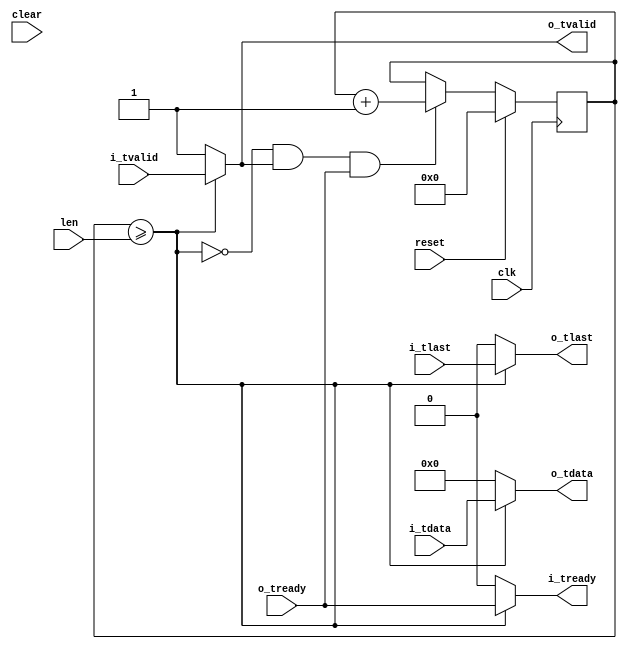
//
// Copyright 2014 Ettus Research LLC
// Copyright 2018 Ettus Research, a National Instruments Company
//
// SPDX-License-Identifier: LGPL-3.0-or-later
//
// This delay doesn't use a fifo, and solves pipeline bubble issues.  
// FIXME -- issues are that it will generate output without input, and you can't reduce delay, only increase

module delay_type2
  #(parameter MAX_LEN_LOG2=10,
    parameter WIDTH=16,
    parameter DELAY_VAL=0)
   (input clk, input reset, input clear,
    input [MAX_LEN_LOG2-1:0] len,
    input [WIDTH-1:0] i_tdata, input i_tlast, input i_tvalid, output i_tready,
    output [WIDTH-1:0] o_tdata, output o_tlast, output o_tvalid, input o_tready);

   reg [MAX_LEN_LOG2-1:0] delay_count;

   wire 		  delay_done = delay_count >= len;
   
   always @(posedge clk)
     if(reset)
       delay_count <= 0;
     else
       if(~delay_done & o_tvalid & o_tready)
	 delay_count <= delay_count + 1;

   assign o_tdata = delay_done ? i_tdata : DELAY_VAL;
   assign o_tlast = delay_done ? i_tlast : 1'b0;      // FIXME think about this more, no answer is perfect in all situations
   assign o_tvalid = delay_done ? i_tvalid : 1'b1;
   assign i_tready = delay_done ? o_tready : 1'b0;
   
endmodule // delay_type2